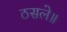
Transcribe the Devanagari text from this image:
ठसले॥